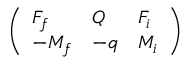
\ensuremath { \left( \begin{array} { l l l } { F _ { f } } & { Q } & { F _ { i } } \\ { - M _ { f } } & { - q } & { M _ { i } } \end{array} \right) }